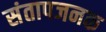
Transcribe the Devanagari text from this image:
संतापजनक